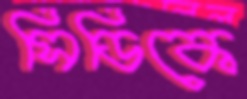
সিডিকে